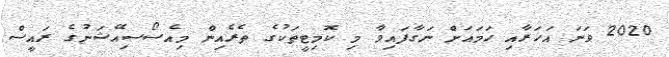
2020 ވަނަ އަހަރާއި ހަމައަށް ނަގާފައިވާ މި ކޮމިޓީތަކުގެ ތެރެއިން މިއެސޯސިއޭޝަނުގެ ރައީސް